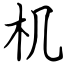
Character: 机